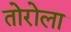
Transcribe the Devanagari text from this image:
तोरोला